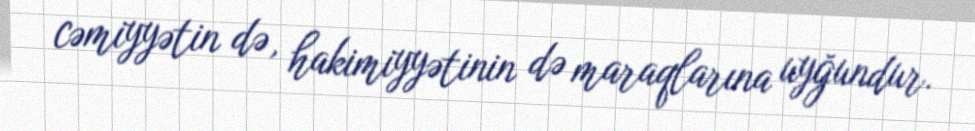
cəmiyyətin də, hakimiyyətinin də maraqlarına uyğundur.